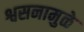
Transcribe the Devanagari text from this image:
श्वसनामुळे